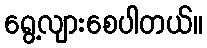
ရွေ့လျားစေပါတယ်။